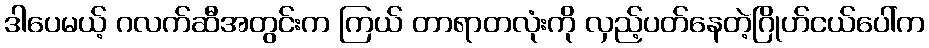
ဒါပေမယ့် ဂလက်ဆီအတွင်းက ကြယ် တာရာတလုံးကို လှည့်ပတ်နေတဲ့ဂြိုဟ်ငယ်ပေါ်က